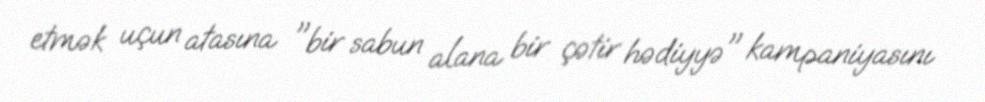
etmək uçun atasına "bir sabun alana bir çətir hədiyyə" kampaniyasını